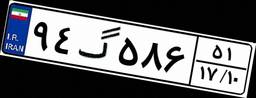
۹۴گ۵۸۶۵۱